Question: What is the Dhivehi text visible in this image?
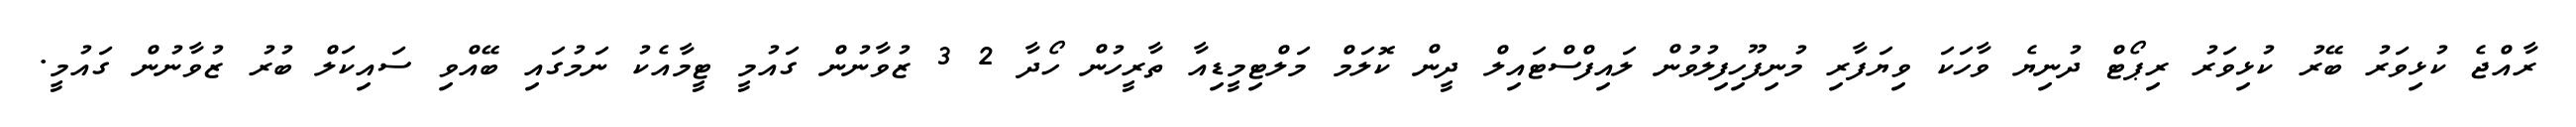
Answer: ރާއްޖެ ކުޅިވަރު ބޭރު ކުޅިވަރު ރިޕޯޓް ދުނިޔެ ވާހަކަ ވިޔަފާރި މުނިފޫހިފިލުވުން ލައިފްސްޓައިލް ދީން ކޮލަމް މަލްޓިމީޑިއާ ތާރީހުން ހޯދާ 2 3 ޒުވާނުން ގައުމީ ޓީމާއެކު ނަމުގައި ބޭއްވި ސައިކަލް ބުރު ޒުވާނުން ގައުމީ.